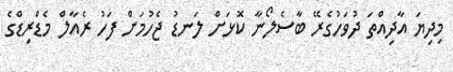
މިދިޔަ އާދިއްތަ ދުވަހުގެރޭ ބާސެލޯނާ ކޮޅަށް ލަނޑު ޖެހުމަށް ފަހު ރެއާލް މެޑްރިޑްގެ